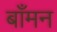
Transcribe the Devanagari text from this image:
बाँमन